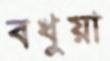
বধুয়া